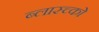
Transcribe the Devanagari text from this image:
ब्लास्च्को